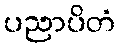
ပညာပိတံ